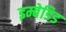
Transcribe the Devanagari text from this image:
इम्बेडिड